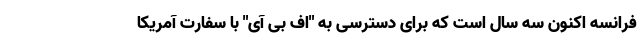
فرانسه اکنون سه سال است که برای دسترسی به "اف بی آی" با سفارت آمریکا